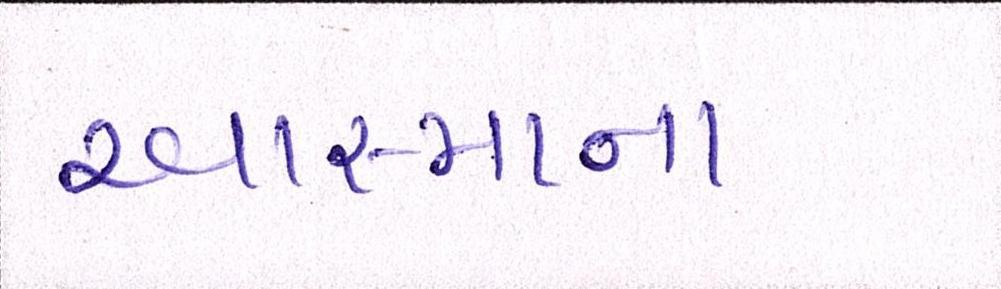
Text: આસ્માના